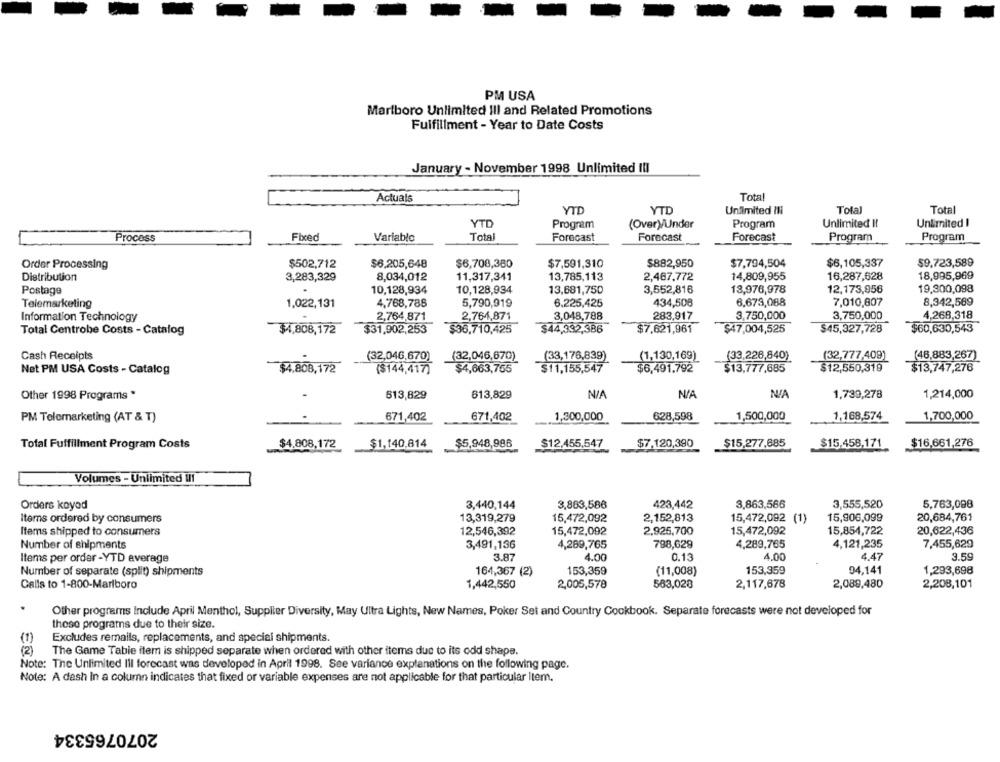
PM USA
Marlboro Unlimited ill and Related Promotions
Fulfillment - Year to Date Costs
January - November 1998 Unlimited III
Actuals
Total
YTD
YTD
Unlimited INi
Total
Total
YTD
Program
(Over)/Under
Program
Unlimited Il
Unlimited I
Fixed
Variable
Tota
Forecast
Forecast
Forecast
Program
Program
Process
Order Processing
$502,712
$6,205,648
$6,708,380
$7,591,310
$882,950
$7,794,504
$6,105,337
$9.723,589
18,995,969
Distribution
3,283,329
8,034,012
11,317,341
13,785,113
2,467,772
14,809,955
16,287,628
Postage
10,128,934
10,128,934
13,681,750
3,552,816
13,976,978
12,173,956
19,300,098
Telemarketing
1,022,131
4,768,788
5,790,919
6.225,425
434,508
6.673,088
7,010,607
8,342,569
Information Technology
2,764,871
2,764,871
3,048,788
283,917
3,750,000
3,750,000
4,268,318
Total Centrobe Costs - Catalog
$4,808,172
$31,902,253
$36,710,425
$44,332,386
$7.621,961
$47,004,525
$45,327,728
$60,630,543
Cash Receipts
(32,046,670)
(32,046,670)
(33,176,839)
(1,130,169)
(33,226,840)
(32,777,409)
(46,883,267)
Net PM USA Costs - Catalog
$4,808, 172
($144,417)
$4,663,755
$11,155,547
$6,491,792
$13,777,685
$12,550,319
$13,747,276
Other 1998 Programs *
613,829
613,829
1,739,278
1,214,000
PM Telemarketing (AT & T)
671,402
671,402
1,300,000
628,598
1,500,000
1,168,574
1,700,000
Total Fulfillment Program Costs
$4.808,172
$1,140.814
$5,948,986
$12,455,547
$7,120,390
$15,277,685
$15.458,171
$16.661,276
Volumes - Unlimited II
3,863,586
3,555,520
Orders koyed
3,440,144
3,863,586
423,442
5,763,098
Items ordered by consumers
13,319,279
15,472,092
2,152,813
15,472,092 (1)
15,906,099
20,684,761
Items shipped to consumers
12,546,392
15,472,092
2,925,700
15,472,092
15,854,722
20,622,436
Number of shipments
3,491,136
4,289,765
798,629
4,289,765
4,121,235
7,455,629
3.87
0.13
4.00
4.47
3.59
Items per order -YTD average
4.00
Number of separate (split) shipments
164,367 (2)
153,359
(11,008)
153,359
94,141
1,293,698
Calls to 1-800-Marlboro
1,442,550
2,005,578
563,028
2,117,678
2,089,480
2,208,101
Other programs Include April Menthol, Supplier Diversity, May Ultra Lights, New Names, Poker Set and Country Cookbook. Separate forecasts were not developed for
these programs due to their size.
(1)
Excludes remails, replacements, and special shipments.
( 2 )
The Game Table item is shipped separate when ordered with other items due to its odd shape.
Note: The Unlimited Ill forecast was developed in April 1998. See variance explanations on the following page.
Note: A dash in a column indicates that fixed or variable expenses are not applicable for that particular llem.
2070765334